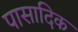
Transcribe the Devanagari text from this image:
पासादिक